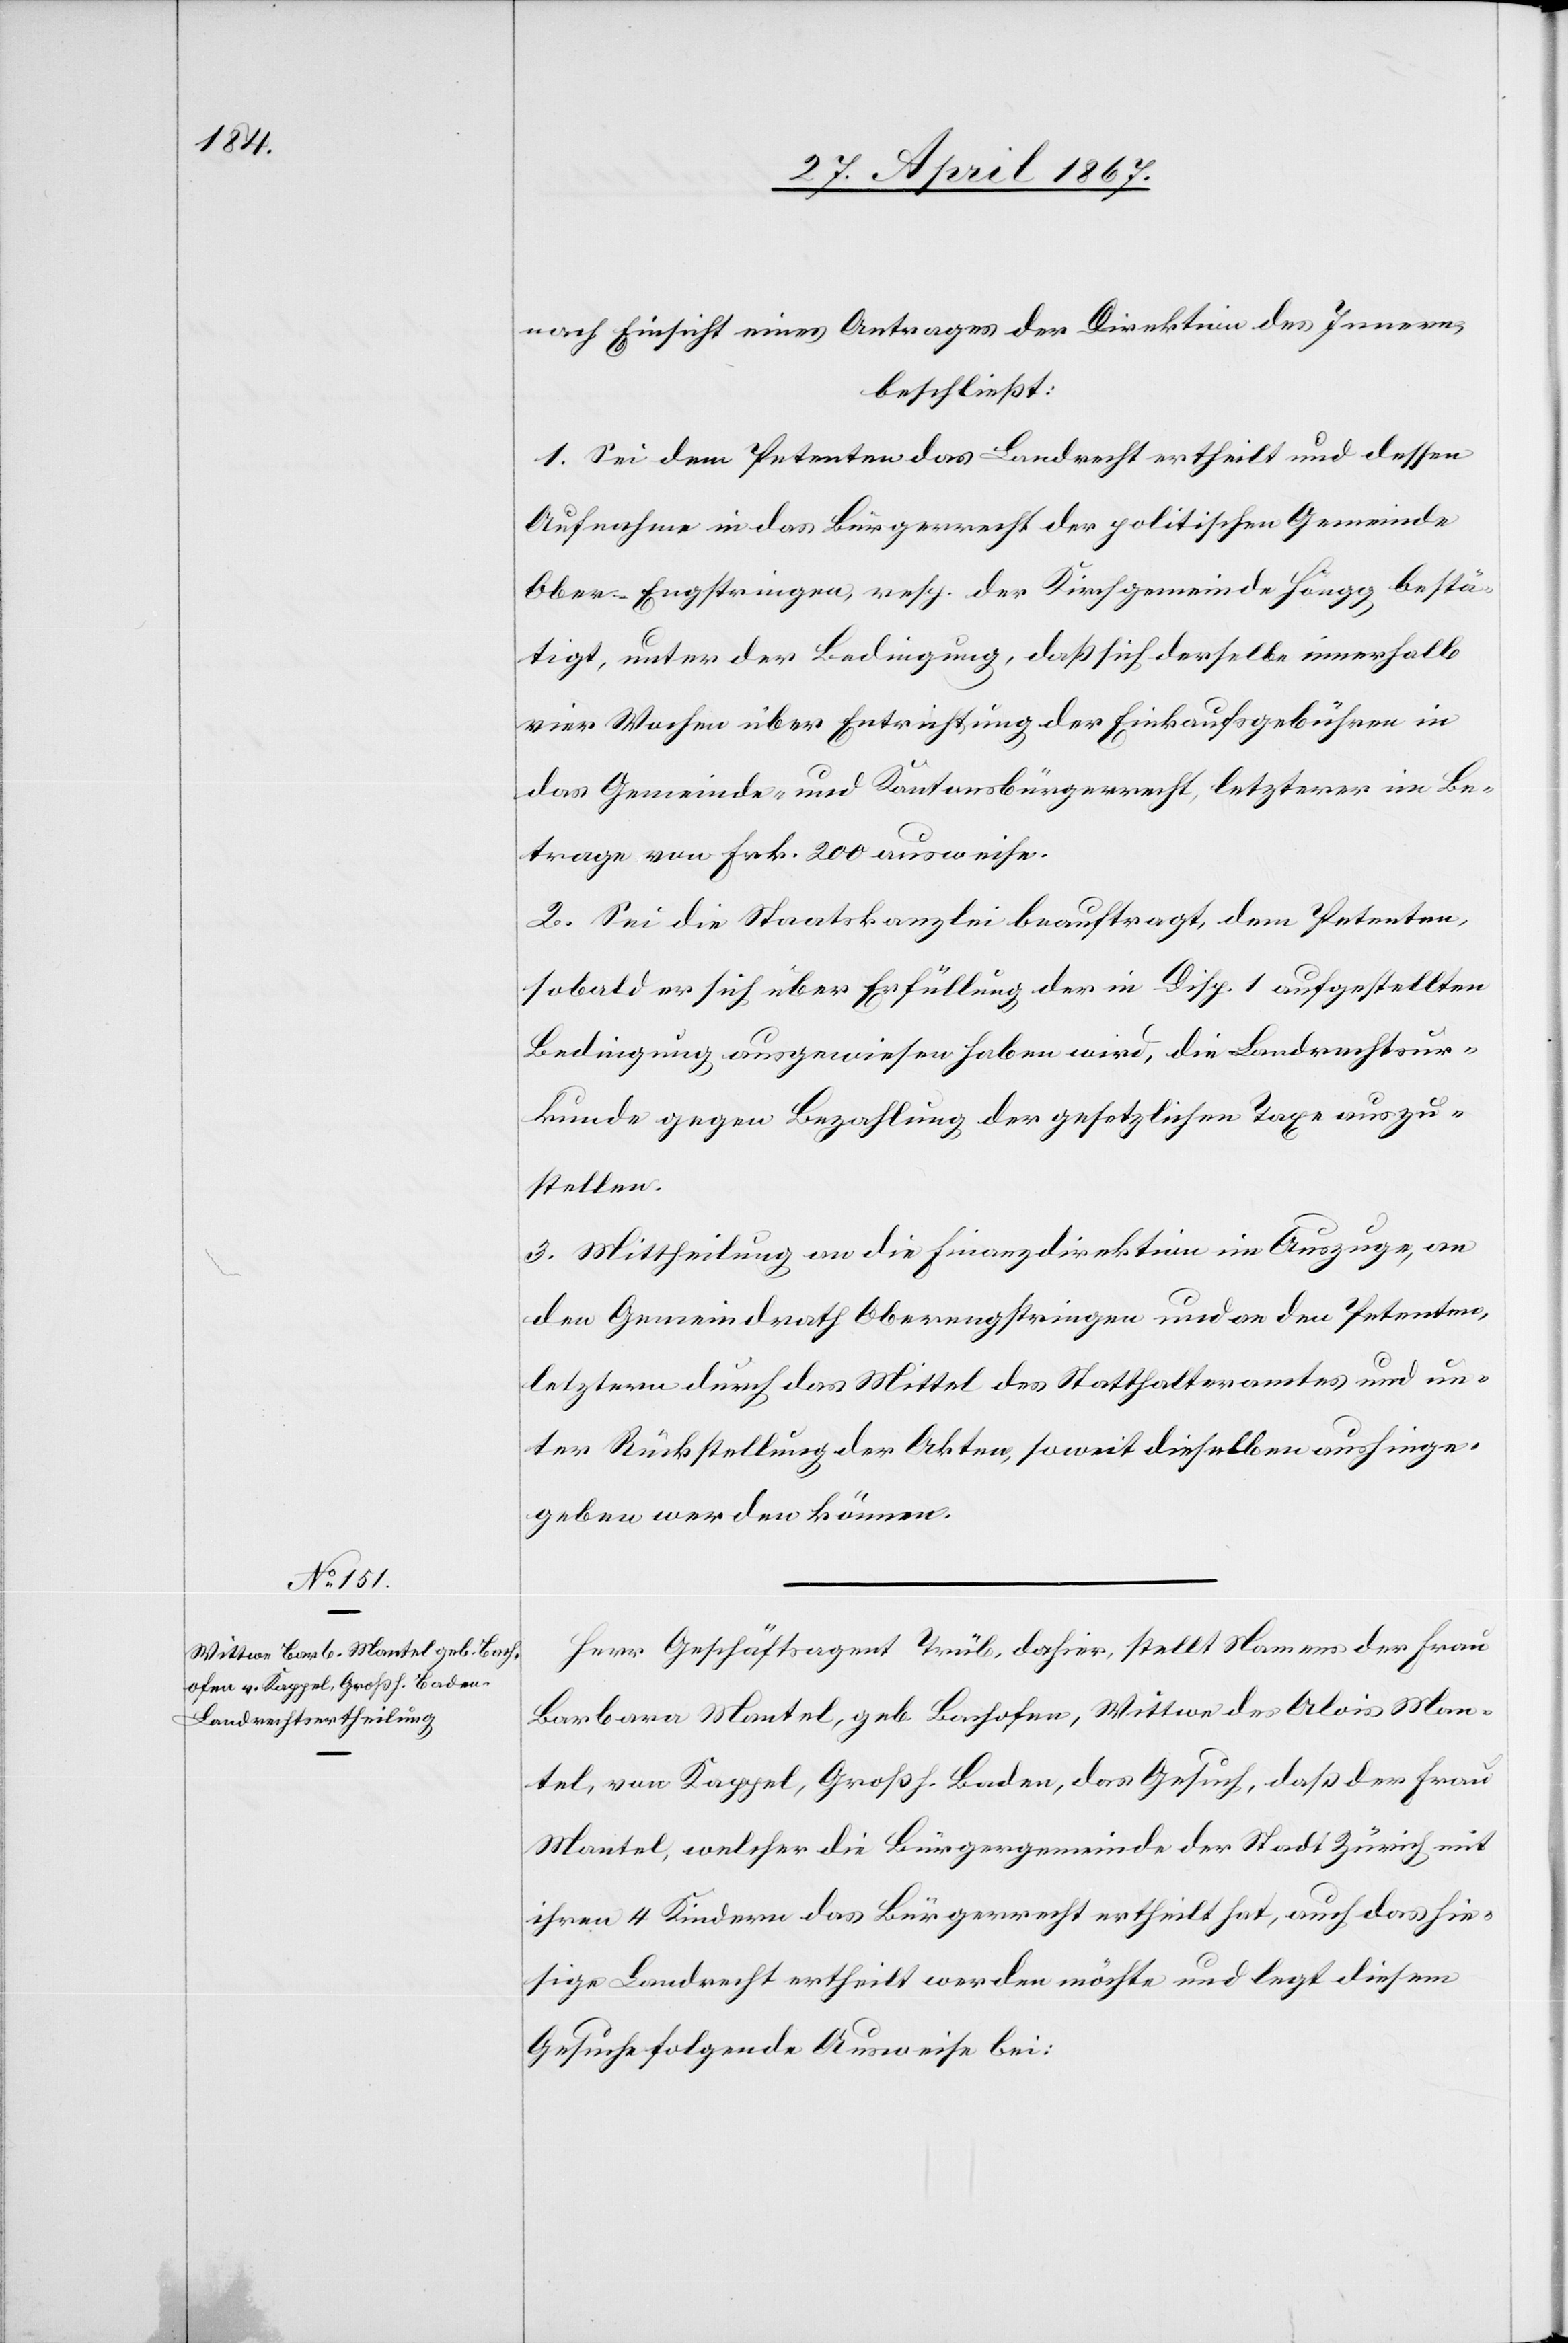
nach Einsicht eines Antrages der Direktion des Innern,
beschließt:
1. Sei dem Petenten das Landrecht ertheilt und dessen
Aufnahme in das Bürgerrecht der politischen Gemeinde
Ober-Engstringen, resp. der Kirchgemeinde Höngg, bestä¬
tigt, unter der Bedingung, das sich derselbe innerhalb
vier Wochen über Entrichtung der Einkaufsgebühren in
das Gemeinde- und Kantonsbürgerrecht, letzterer im Be¬
trage von Frk. 200 ausweise.
2. Sei die Staatskanzlei beauftragt, dem Petenten,
sobald er sich über Erfüllung der in Disp. 1 aufgestellten
Bedingung ausgewiesen haben wird, die Landrechtsur¬
kunde gegen Bezahlung der gesetzlichen Taxe auszu¬
stellen.
3. Mittheilung an die Finanzdirektion im Auszuge, an
den Gemeindrath Oberengstringen und an den Petenten,
letzterm durch das Mittel des Statthalteramtes und un¬
ter Rückstellung der Akten, soweit dieselben aushinge¬
geben werden können.
Herr Geschäftsagent Trüb, dahier, stellt Namens der Frau
Barbara Mantel, geb. Bachofen, Wittwe des Alois Man¬
tel, welcher die Bürgergemeinde der Stadt Zürich mit
ihren 4 Kindern das Bürgerrecht ertheilt hat, auch das hie¬
sige Landrecht ertheilt werden möchte und legt diesem
Gesuche folgende Ausweise bei: